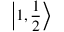
\left| 1 , { \frac { 1 } { 2 } } \right\rangle